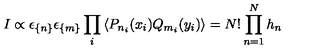
I \propto \epsilon _ { \{ n \} } \epsilon _ { \{ m \} } \prod _ { i } \left\langle P _ { n _ { i } } ( x _ { i } ) Q _ { m _ { i } } ( y _ { i } ) \right\rangle = N ! \prod _ { n = 1 } ^ { N } h _ { n }